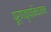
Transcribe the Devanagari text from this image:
पूर्णकृपानिधानम्